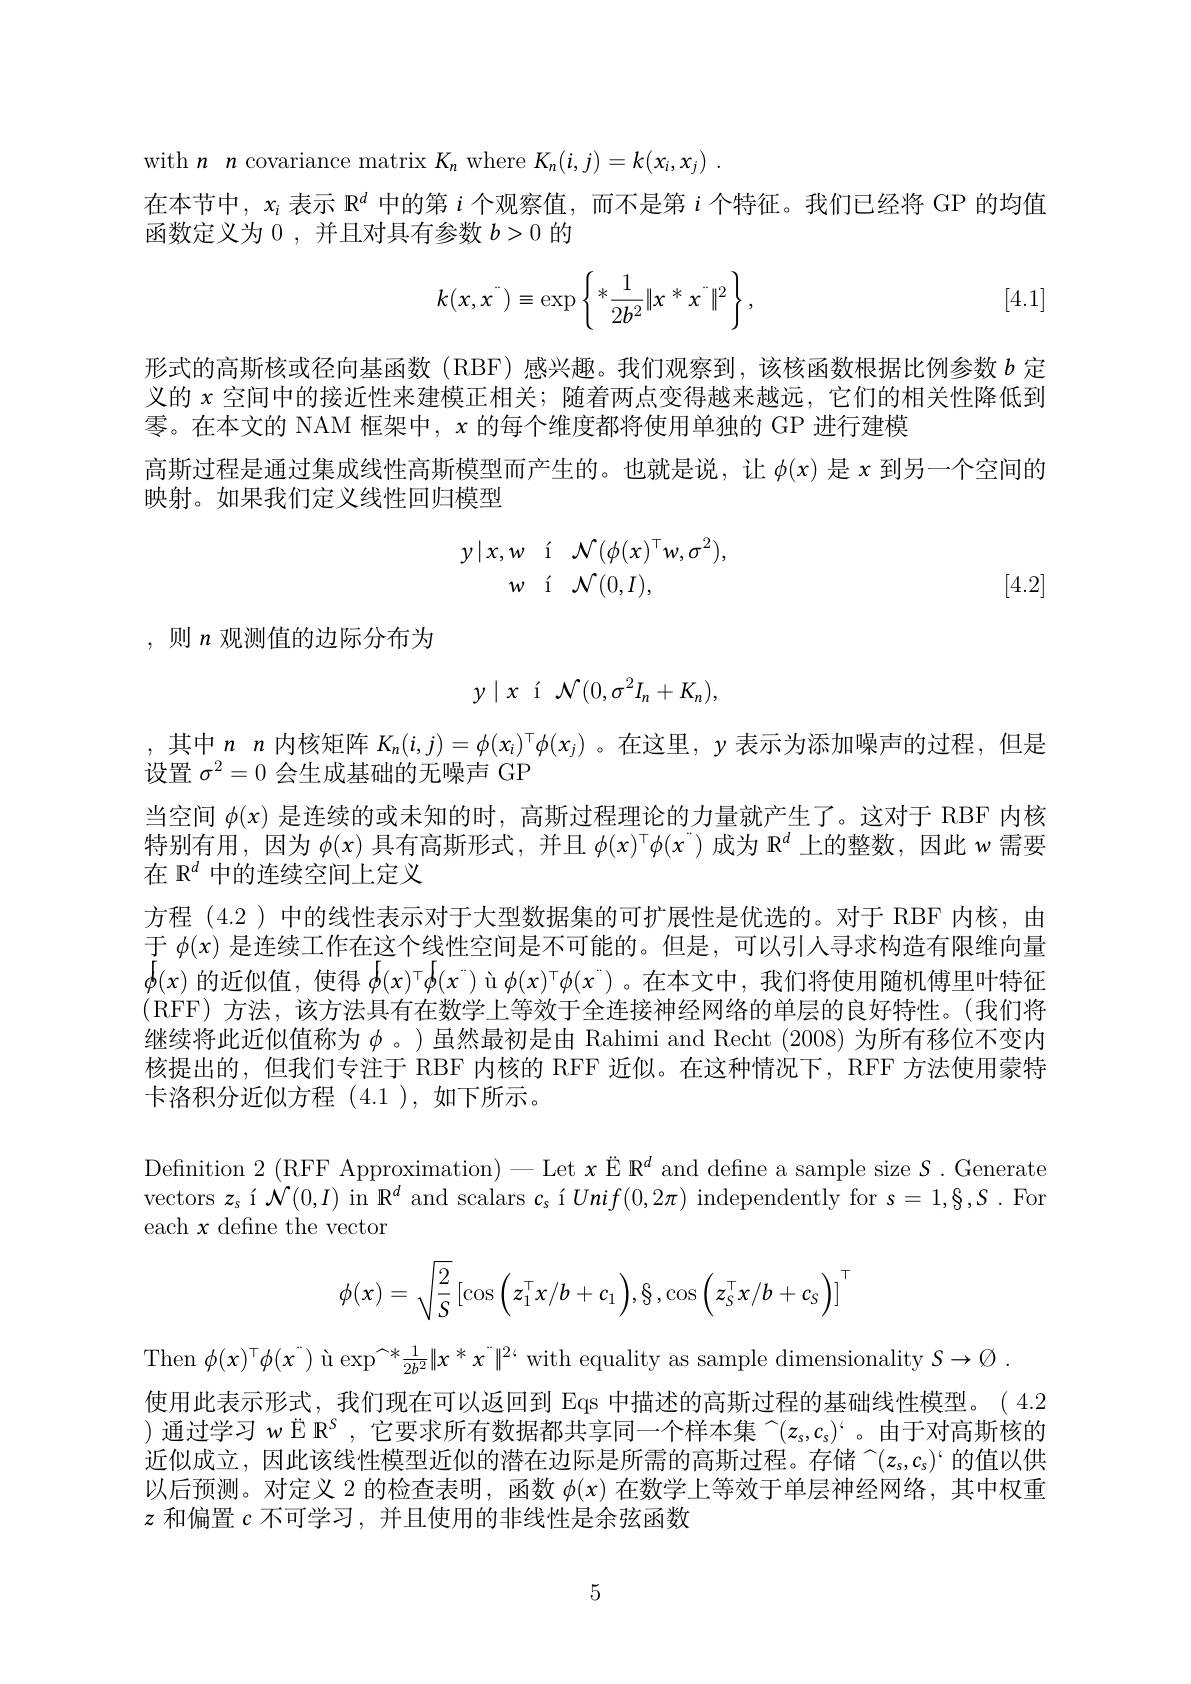
with $n$ n covariance matrix $K_n$ where $K_n( i, j) = k( x_i, x_j)$ .
在本节中，$x_i$表示$\mathbb{R}^d$中的第$i$个观察值，而不是第$i$个特征。我们已经将 GP 的均值
函数定义为 0 , 并且对具有参数$b>0$的
$$k(x,x^{^{\cdot}})\equiv\exp\left\{*\frac{1}{2b^{2}}\|x^{^{\cdot}}x^{^{\cdot}}\|^{2}\right\},$$
[4.1]

形式的高斯核或径向基函数(RBF)感兴趣。我们观察到，该核函数根据比例参数$b$定义的$x$空间中的接近性来建模正相关；随着两点变得越来越远，它们的相关性降低到零。在本文的 NAM 框架中，$x$的每个维度都将使用单独的 GP 进行建模
高斯过程是通过集成线性高斯模型而产生的。也就是说，让$\phi(x)$是$x$到另一个空间的
映射。如果我们定义线性回归模型
$$\begin{array}{rll}y\mid x,w&\text{í}&\mathcal{N}(\phi(x)^\top w,\sigma^2),\\w&\text{í}&\mathcal{N}(0,I),\end{array}$$
[4.2]

,则 $n$ 观测值的边际分布为
$$\begin{matrix}y\mid x&\text{í}&\mathcal{N}(0,\sigma^2I_n+K_n),\end{matrix}$$
,其中$n$ $n$内核矩阵$K_n(i,j)=\phi(x_i)^{\top}\phi(x_j)$ 。在这里，$y$表示为添加噪声的过程，但是
设置$\sigma^2=0$会生成基础的无噪声 GP
当空间$\phi(x)$是连续的或未知的时，高斯过程理论的力量就产生了。这对于 RBF 内核特别有用，因为$\phi(x)$具有高斯形式，并且$\phi(x)^\top\phi(x^\top)$成为$\mathbb{R}^d$上的整数，因此 w 需要在 R$^d$中的连续空间上定义
方程 (4.2) 中的线性表示对于大型数据集的可扩展性是优选的。对于 RBF 内核，由于$\phi(x)$是连续工作在这个线性空间是不可能的。但是，可以引人寻求构造有限维向量$\phi(x)$的近似值，使得$\phi ( x) ^\top \phi ( x^\top ) \text{\`{u} }\phi ( x) ^\top \phi ( x^\top )$。在本文中，我们将使用随机傅里叶特征(RFF)方法，该方法具有在数学上等效于全连接神经网络的单层的良好特性。(我们将继续将此近似值称为$\phi$ 。)虽然最初是由 Rahimi and Recht (2008) 为所有移位不变内核提出的，但我们专注于 RBF 内核的 RFF 近似。在这种情况下，RFF 方法使用蒙特卡洛积分近似方程(4.1),如下所示。

Definition 2 (RFF Approximation) - Let $x\text{ЁR}^d$ and define a sample size S. Generate vectors $z_s$í$\mathcal{N}(0,I)$ in R$^d$ and scalars $c_s\text{\' {ı }}Unif( 0, 2\pi )$ independently for $s=1,\S,S.$For each $x$ define the vector
$$\phi(x)=\sqrt{\dfrac{2}{S}}\left[\cos\left(z_1^\top x/b+c_1\right),\S\:,\cos\left(z_S^\top x/b+c_S\right)\right]^\top $$
使用此表示形式，我们现在可以返回到 Eqs 中描述的高斯过程的基础线性模型。(4.2 )通过学习 w Ё R$^{\mathrm{s}}$,它要求所有数据都共享同一个样本集$^{\sim}(z_s,c_s)^{.}$。由于对高斯核的

Then $\phi(x)^{\top}\phi(x^{\top})\text{\`{u}exp}^{\frown*}\frac1{2b^{2}}\|x^{*}x^{\top}\|^{2`}$ with equality as sample dimensionality $S\to\emptyset.$
近似成立，因此该线性模型近似的潜在边际是所需的高斯过程。存储~(z_s,c_s)`的值以供以后预测。对定义 2 的检查表明，函数$\phi(x)$在数学上等效于单层神经网络，其中权重$z$和偏置$c$不可学习，并且使用的非线性是余弦函数

5